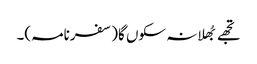
تجھے بُھلا نہ سکوں گا(سفرنامہ)۔